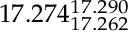
1 7 . 2 7 4 _ { 1 7 . 2 6 2 } ^ { 1 7 . 2 9 0 }